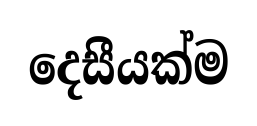
දෙසීයක්ම